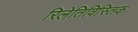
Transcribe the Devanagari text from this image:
रिलेतिविस्तिक